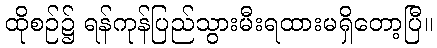
ထိုစဉ်၌ ရန်ကုန်ပြည်သွားမီးရထားမရှိတော့ပြီ။